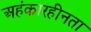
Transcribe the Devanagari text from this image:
अहंकारहीनता